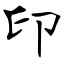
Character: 印